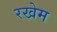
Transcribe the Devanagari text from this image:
रखेम